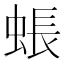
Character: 䗅